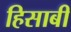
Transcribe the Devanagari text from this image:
हिसाबी